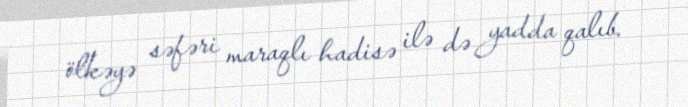
ölkəyə səfəri maraqlı hadisə ilə də yadda qalıb.